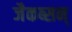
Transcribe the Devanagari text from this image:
जैकब्सन्